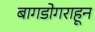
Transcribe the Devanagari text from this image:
बागडोगराहून